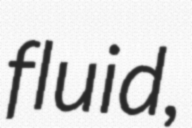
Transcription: fluid,